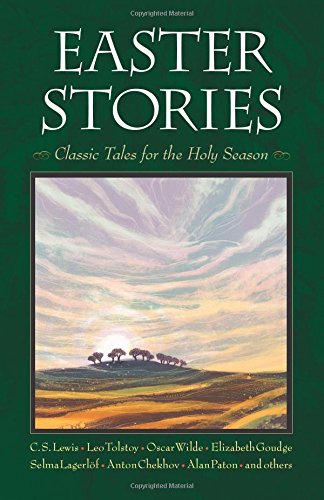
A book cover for Easter Stories: Classic Tales for the Holy Season; C.S. Lewis; Christian Books & Bibles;